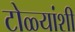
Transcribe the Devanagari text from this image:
टोळ्यांशी